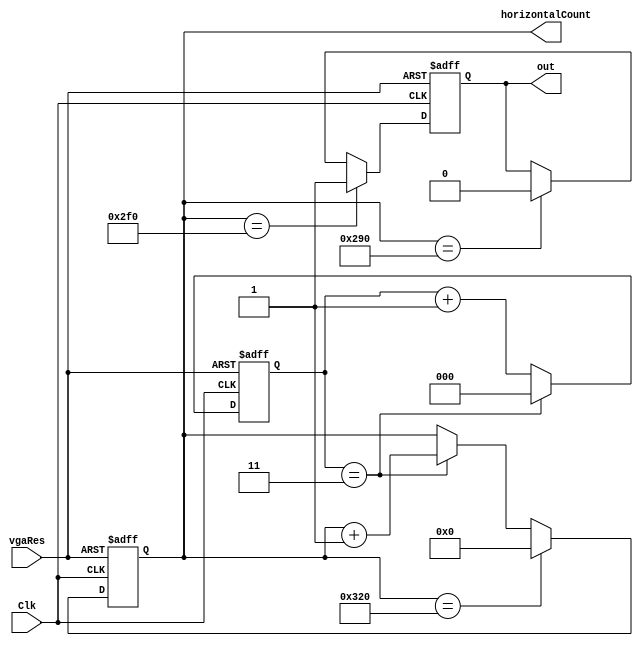
module horizontalCounter(
    input       Clk,
    input       vgaRes,
    output[9:0] horizontalCount,
	output      out
);

    reg       out;
	reg[2:0]  horizontalClock;
    reg[9:0]  horizontalCount;

	always @(negedge Clk or negedge vgaRes) begin
		if (!vgaRes)	begin
			out <= 1;
			horizontalClock <= 0;
			horizontalCount <= 0;
		end
		else begin
			horizontalClock <= horizontalClock + 1;
		  if ( horizontalClock == 3 ) begin
			 horizontalClock <= 0;
			 horizontalCount <= horizontalCount + 1;
		  end
		  if ( horizontalCount == 656 ) begin
		     out <= 0;
		  end
		  if ( horizontalCount == 752 ) begin
		     out <= 1;
		  end
		  if ( horizontalCount == 800 ) begin
		     horizontalCount <= 0;
		  end
		end
	end

endmodule